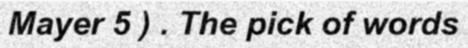
Mayer 5 ) . The pick of words